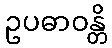
ဥပဓာဝန္တိ